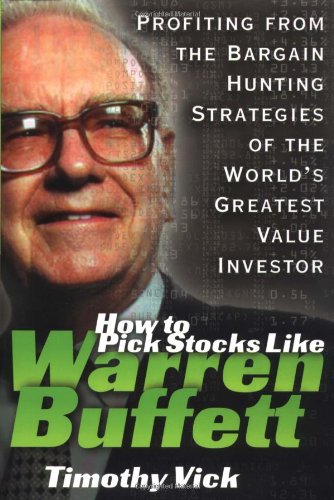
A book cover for How to Pick Stocks Like Warren Buffett: Profiting from the Bargain Hunting Strategies of the World's Greatest Value Investor; Timothy Vick; Business & Money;